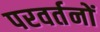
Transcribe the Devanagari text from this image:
परवर्तनों